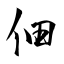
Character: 佃